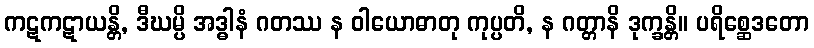
ကဋကဋာယန္တိ, ဒီဃမ္ပိ အဒ္ဓါနံ ဂတဿ န ဝါယောဓာတု ကုပ္ပတိ, န ဂတ္တာနိ ဒုက္ခန္တိ။ ပရိစ္ဆေဒတော